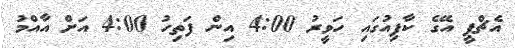
އެޗްޕީ އޭގެ ކާފިއުގައި ހަވީރު 4:00 އިން ފަތިހު 4:00 އަށް އާއްމު